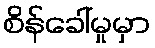
စိန်ခေါ်မှုမှာ